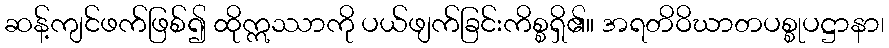
ဆန့်ကျင်ဖက်ဖြစ်၍ ထိုဣဿာကို ပယ်ဖျက်ခြင်းကိစ္စရှိ၏။ အရတိဝိဃာတပစ္စုပဋ္ဌာနာ၊